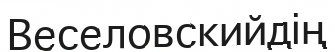
Веселовскийдің